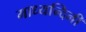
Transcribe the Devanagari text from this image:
माध्यन्दिनी